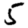
Digit: 5